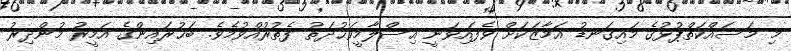
މި މަސައްކަތްޕުޅުގެ މައިގަނޑު އަމާޒަކަށް ވެފައިވަނީ އިސްލާމީވަޙުދަތު ފެތުރުއްވުމެވެ. ބަޙުރައިންގެ އަމީރު މުންޛިރު